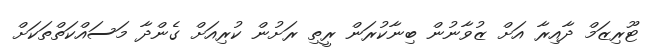
ޓޫރިޒަމް ދާއިރާ އަށް ޒުވާނުން ބިނާކުރަން ރީތި ރަށުން ކުރިއަށް ގެންދާ މަސައްކަތްތަކަށް